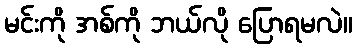
မင်းကို အစ်ကို ဘယ်လို ပြောရမလဲ။